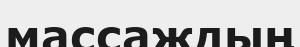
массаждың